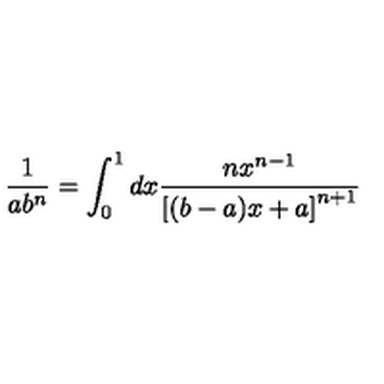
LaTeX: \frac 1 { a b ^ { n } } = \int _ { 0 } ^ { 1 } d x \frac { n x ^ { n - 1 } } { \left[ ( b - a ) x + a \right] ^ { n + 1 } }